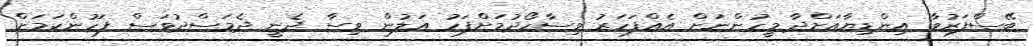
ބޭސްފަރުވާ އިންޑިޔާއަށްދާ މީހުންނަށް އެއްފަހަރު ވިސާހޯދުމަށްފަހު އަލުން ވިސާ ދެނީ ދެމަސްދުވަސް ފަހުންކަމަށް